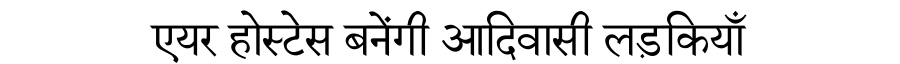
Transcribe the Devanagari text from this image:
एयर होस्टेस बनेंगी आदिवासी लड़कियाँ